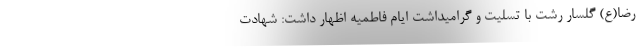
رضا(ع) گلسار رشت با تسلیت و گرامیداشت ایام فاطمیه اظهار داشت: شهادت